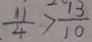
\frac { 1 1 } { 4 } > \frac { 1 3 } { 1 0 }